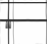
٢٦